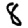
Digit: 8